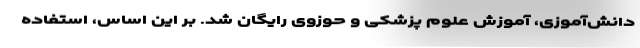
دانش‌آموزی، آموزش علوم پزشکی و حوزوی رایگان شد. بر این اساس، استفاده